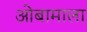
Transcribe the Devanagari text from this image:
ओबामाला